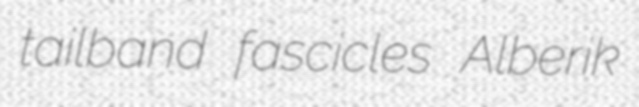
tailband fascicles Alberik